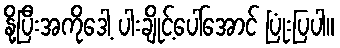
နို့ပြီးအကိုဒေါ့ ပါးချိုင့်ပေါ်အောင် ပြုံးပြပါ။